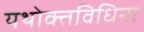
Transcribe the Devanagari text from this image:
यथोक्तविधिना